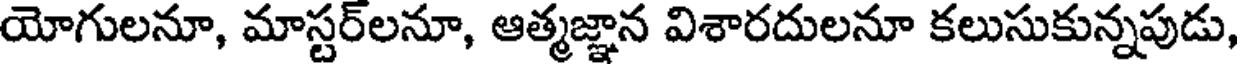
యోగులనూ, మాస్టర్లనూ, ఆత్మజ్ఞాన విశారదులనూ కలుసుకున్నపుడు,